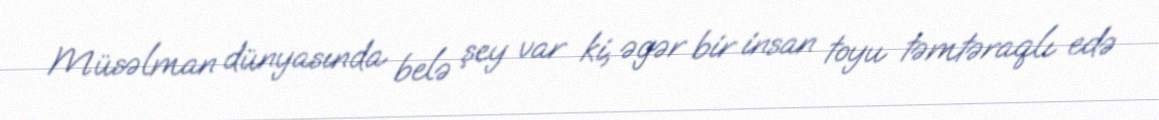
Müsəlman dünyasında belə şey var ki, əgər bir insan toyu təmtəraqlı edə